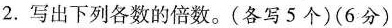
2.写出下列各数的倍数。(各写5个)(6分)